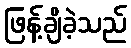
ဖြန့်ချိခဲ့သည်